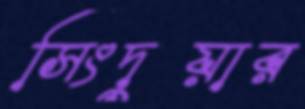
সিংদুয়ার